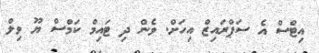
އިޓްސް އެ ސަޕްރައިޒް އިހަށް. ވެން ދި ޓައިމް ކަމްސް ޔޫ ވިލް